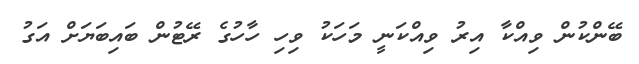
ބޭންކުން ވިއްކާ އިރު ވިއްކަނީ މަހަކު ވިހި ހާހުގެ ރޭޓުން ބައިބަޔަށް އަގު